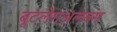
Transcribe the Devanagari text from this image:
बूटलेगअलबम